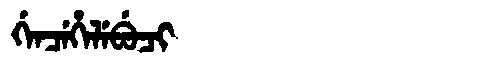
Manchu: ᡤᡝᠨᠴᡝᡥᡝᠯᡝᠪᡠᠴᡳ
Romanization: GENCEHELEBUCI